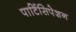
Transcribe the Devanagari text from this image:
पार्टिसिपेशन